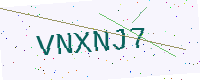
Text: VNXNJ7